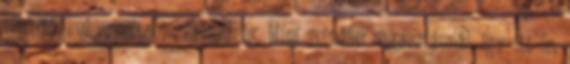
rögzítőkkel szorítani száradásig. Mint minden ragasztásnál, így itt is,